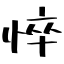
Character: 悴